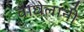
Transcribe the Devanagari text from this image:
वाघेलांनी